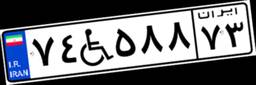
۳۵W۷۲۲۲۸